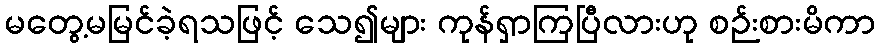
မတွေ့မမြင်ခဲ့ရသဖြင့် သေ၍များ ကုန်ရှာကြပြီလားဟု စဉ်းစားမိကာ